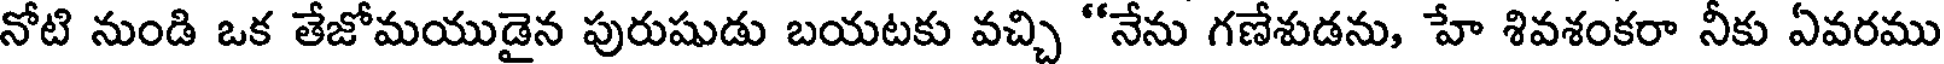
నోటి నుండి ఒక తేజోమయుడైన పురుషుడు బయటకు వచ్చి "నేను గణేశుడను, హే శివశంకరా నీకు ఏవరము